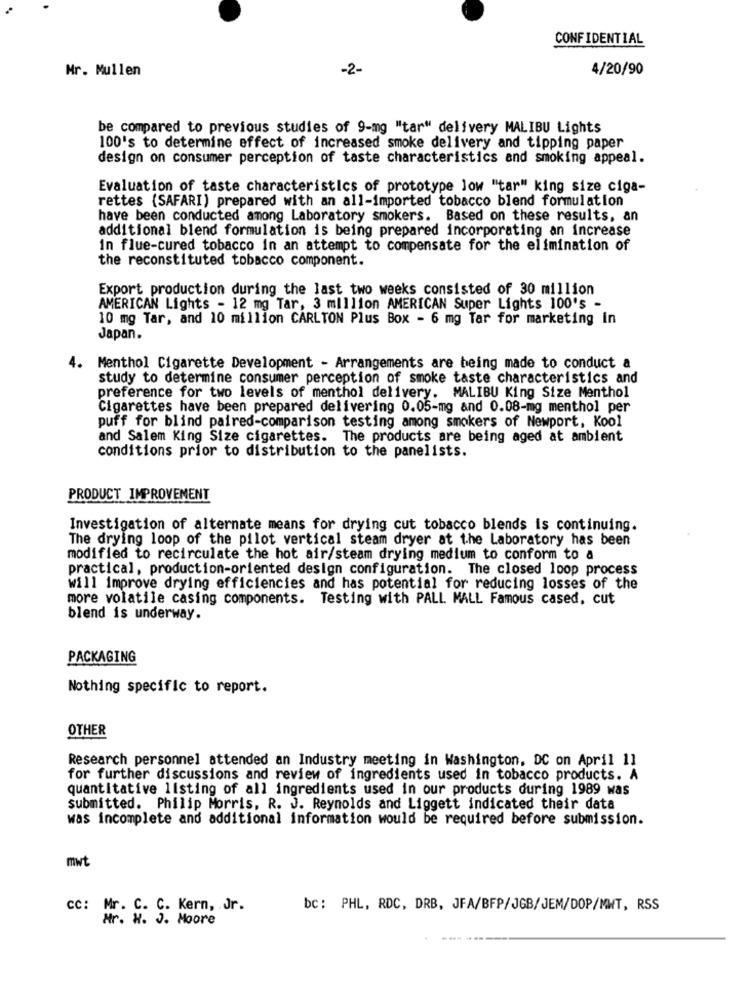
CONFIDENTIAL
Mr. Mullen
-2-
4/20/90
be compared to previous studies of 9-mg "tar" delivery MALIBU Lights
100's to determine effect of increased smoke delivery and tipping paper
design on consumer perception of taste characteristics and smoking appeal.
Evaluation of taste characteristics of prototype low "tar" king size ciga-
rettes (SAFARI) prepared with an all-imported tobacco blend formulation
have been conducted among Laboratory smokers. Based on these results, an
additional blend formulation is being prepared incorporating an increase
in flue-cured tobacco in an attempt to compensate for the elimination of
the reconstituted tobacco component.
Export production during the last two weeks consisted of 30 million
AMERICAN Lights - 12 mg Tar, 3 million AMERICAN Super Lights 100's -
10 mg Tar, and 10 million CARLTON Plus Box - 6 mg Tar for marketing in
Japan.
4.
Menthol Cigarette Development - Arrangements are being made to conduct a
study to determine consumer perception of smoke taste characteristics and
preference for two levels of menthol delivery. MALIBU King Size Menthol
Cigarettes have been prepared delivering 0.05-mg and 0.08-mg menthol per
puff for blind paired-comparison testing among smokers of Newport, Kool
and Salem King Size cigarettes. The products are being aged at ambient
conditions prior to distribution to the panelists.
PRODUCT IMPROVEMENT
Investigation of alternate means for drying cut tobacco blends is continuing.
The drying loop of the pilot vertical steam dryer at the Laboratory has been
modified to recirculate the hot air/steam drying medium to conform to a
practical, production-oriented design configuration. The closed loop process
will improve drying efficiencies and has potential for reducing losses of the
more volatile casing components. Testing with PALL MALL Famous cased, cut
blend is underway.
PACKAGING
Nothing specific to report.
OTHER
Research personnel attended an Industry meeting in Washington, DC on April 11
for further discussions and review of ingredients used in tobacco products. A
quantitative listing of all ingredients used in our products during 1989 was
submitted. Philip Morris, R. J. Reynolds and Liggett indicated their data
was incomplete and additional information would be required before submission.
mwt
CC: Mr. C. C. Kern, Jr.
bc: PHL, RDC, DRB, JFA/BFP/JGB/JEM/DOP/MWT, RSS
Mr. H. J. Moore